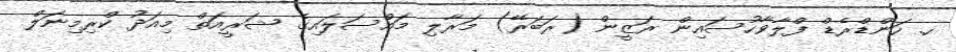
ހ. ހަންޑްރެޑް ފްލާވާހުސައިން ރަޒީން (ރަބަރޭ) މަރާލި މައްސަލައިގެ ޝަރީއަތް މިއަދު ކްރިމިނަލް